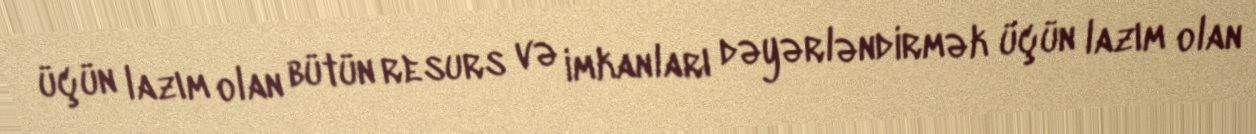
üçün lazım olan bütün resurs və imkanları dəyərləndirmək üçün lazım olan